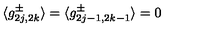
\langle g _ { 2 j , 2 k } ^ { \pm } \rangle = \langle g _ { 2 j - 1 , 2 k - 1 } ^ { \pm } \rangle = 0 \,